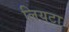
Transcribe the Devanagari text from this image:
लियटा